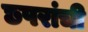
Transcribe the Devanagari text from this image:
छपरांची